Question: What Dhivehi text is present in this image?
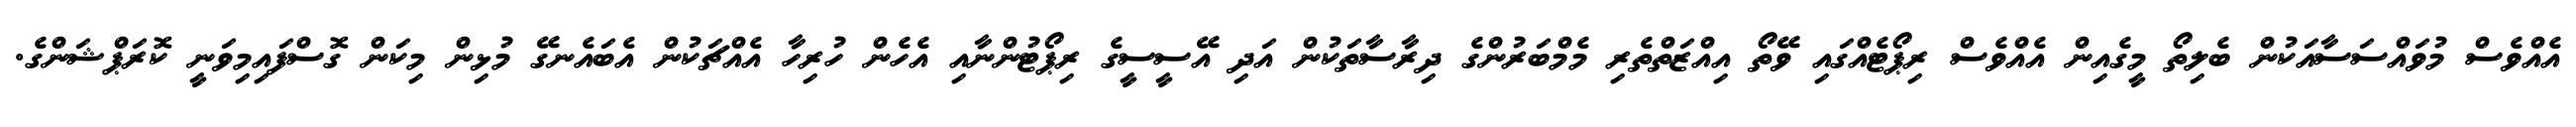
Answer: އެއްވެސް މުވައްސަސާއަކުން ބެލިތޯ މީގެއިން އެއްވެސް ރިޕޯޓެއްގައި ވޭތޯ އިއްޒަތްތެރި މެމްބަރުންގެ ދިރާސާތަކުން އަދި އޭސީސީގެ ރިޕޯޓުންނާއި އެހެން ހުރިހާ އެއްޗަކުން އެބައެނގޭ މުޅިން މިކަން ގޮސްފައިމިވަނީ ކޮރަޕްޝަންގެ.